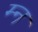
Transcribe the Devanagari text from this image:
म्न